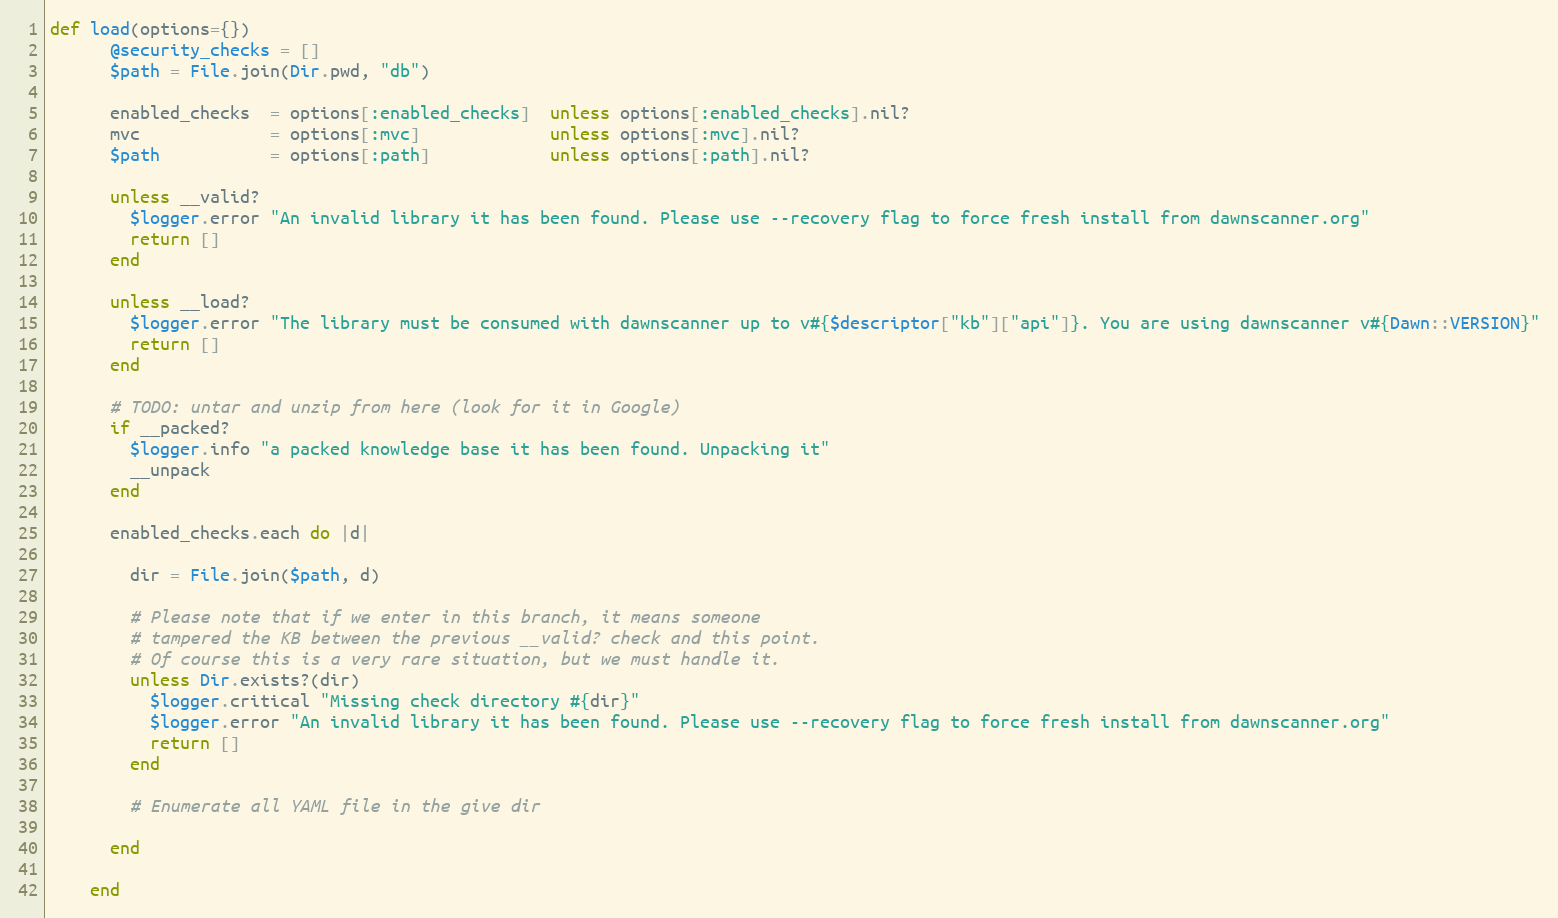
Language: Ruby
def load(options={})
      @security_checks = []
      $path = File.join(Dir.pwd, "db")

      enabled_checks  = options[:enabled_checks]  unless options[:enabled_checks].nil?
      mvc             = options[:mvc]             unless options[:mvc].nil?
      $path           = options[:path]            unless options[:path].nil?

      unless __valid?
        $logger.error "An invalid library it has been found. Please use --recovery flag to force fresh install from dawnscanner.org"
        return []
      end

      unless __load?
        $logger.error "The library must be consumed with dawnscanner up to v#{$descriptor["kb"]["api"]}. You are using dawnscanner v#{Dawn::VERSION}"
        return []
      end

      # TODO: untar and unzip from here (look for it in Google)
      if __packed?
        $logger.info "a packed knowledge base it has been found. Unpacking it"
        __unpack
      end

      enabled_checks.each do |d|

        dir = File.join($path, d)

        # Please note that if we enter in this branch, it means someone
        # tampered the KB between the previous __valid? check and this point.
        # Of course this is a very rare situation, but we must handle it.
        unless Dir.exists?(dir)
          $logger.critical "Missing check directory #{dir}"
          $logger.error "An invalid library it has been found. Please use --recovery flag to force fresh install from dawnscanner.org"
          return []
        end

        # Enumerate all YAML file in the give dir

      end

    end